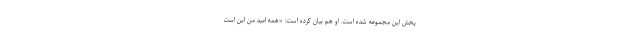
پخش این مجموعه شده است. او هم بیان کرده است: «همه امید من این است